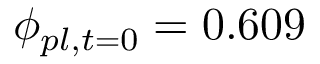
\phi _ { p l , t = 0 } = 0 . 6 0 9